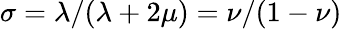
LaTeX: \sigma=\lambda/(\lambda+2\mu)=\nu/(1-\nu)